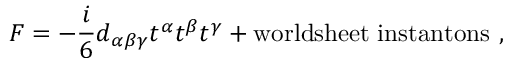
{ \cal F } = - \frac { i } { 6 } d _ { \alpha \beta \gamma } t ^ { \alpha } t ^ { \beta } t ^ { \gamma } + \mathrm { w o r l d s h e e t \; i n s t a n t o n s } \ ,